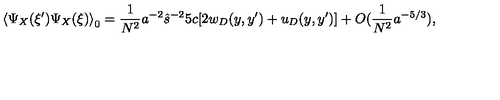
\left\langle \Psi _ { X } ( \xi ^ { \prime } ) \Psi _ { X } ( \xi ) \right\rangle _ { 0 } = \frac { 1 } { N ^ { 2 } } a ^ { - 2 } \hat { s } ^ { - 2 } 5 c [ 2 w _ { D } ( y , y ^ { \prime } ) + u _ { D } ( y , y ^ { \prime } ) ] + O ( \frac { 1 } { N ^ { 2 } } a ^ { - 5 / 3 } ) ,